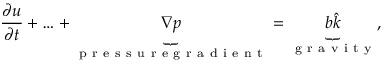
\frac { \partial u } { \partial t } + \ldots + \underbrace { \nabla p } _ { \mathrm { ~ p ~ r ~ e ~ s ~ s ~ u ~ r ~ e ~ g ~ r ~ a ~ d ~ i ~ e ~ n ~ t ~ } } = \underbrace { b \hat { k } } _ { \mathrm { ~ g ~ r ~ a ~ v ~ i ~ t ~ y ~ } } ,